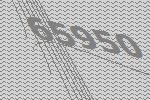
65950